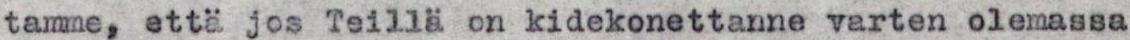
tamme, että jos Teillä on kidekonettanne varten olemassa